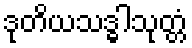
ဒုတိယသဒ္ဓါသုတ္တံ